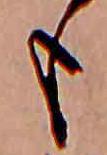
も